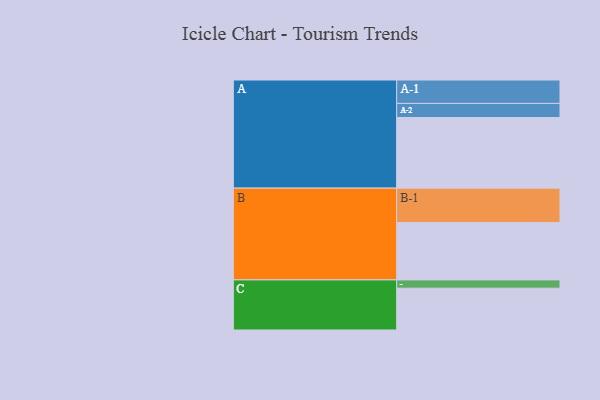
{"axis": {"x": "Segment", "y": "Value"}, "legend": ["", "A", "B", "C"], "data": [{"x": "A", "y": 561, "type": ""}, {"x": "B", "y": 455, "type": ""}, {"x": "C", "y": 332, "type": ""}, {"x": "A-1", "y": 186, "type": "A"}, {"x": "A-2", "y": 112, "type": "A"}, {"x": "B-1", "y": 274, "type": "B"}, {"x": "C-1", "y": 66, "type": "C"}]}